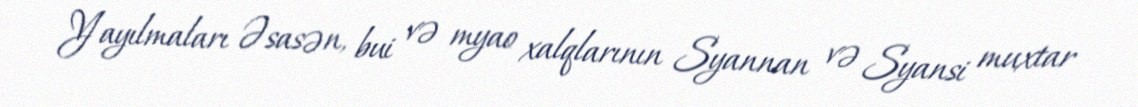
Yayılmaları Əsasən, bui və myao xalqlarının Syannan və Syansi muxtar